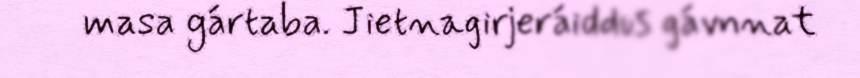
masa gártaba. Jietnagirjeráiddus gávnnat